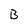
Character: B